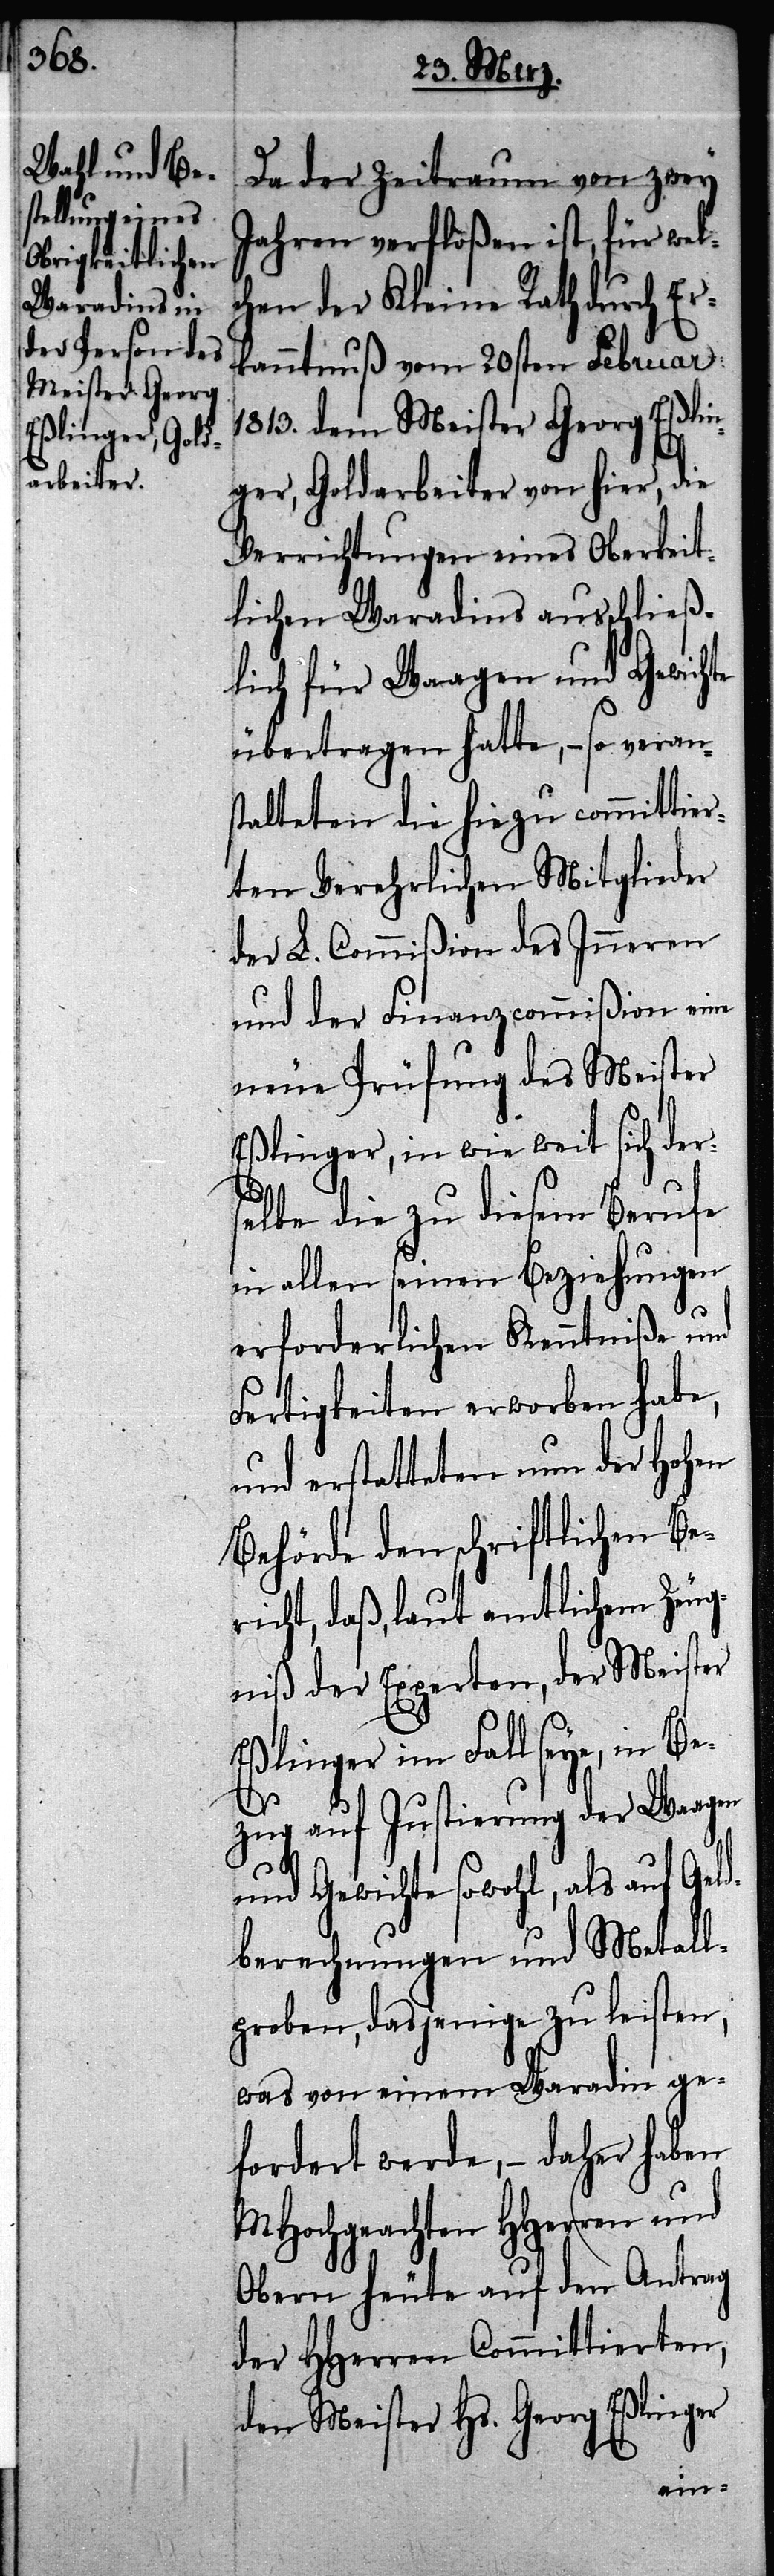
Da der Zeitraum von zwey
Jahren verfloßen ist, für wel¬
chen der Kleine Rath durch Er¬
kanntnuß vom 20sten Februar
1813. dem Meister Georg Eßli¬
nger, Goldarbeiter von hier, die
Verrichtungen eines Oberkeit¬
lichen Waradins ausschließ¬
lich für Waagen und Gewichte
übertragen hatte, – so veran¬
stalteten die hiezu committier¬
ten Verehrlichen Mitglieder
der L. Commißion des Inneren
und der Finanzcommißion eine
neue Prüfung des Meister
Eßlinger, in wie weit sich ders¬
elbe die zu diesem Berufe
in allen seinen Beziehungen
erforderlichen Kenntniße und
Fertigkeiten erworben habe,
und erstatteten nun der Hohen
Behörde den schriftlichen Be¬
richt, daß, laut amtlichem Zeug¬
niß der Experten, der Meister
Eßlinger im Fall seye, in B¬
ezug auf Justierung der Waagen
und Gewichte sowohl, als auf Geld¬
berechnungen und Metal¬
lproben, dasjenige zu leisten,
was von einem Waradin ge¬
fordert werde, – daher haben
MHochgeachten HHerren und
Obern heute auf den Antrag
der HHerren Committierten,
den Meister Hs. Georg Eßlinger